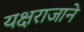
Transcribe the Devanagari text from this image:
यक्षराजाने